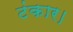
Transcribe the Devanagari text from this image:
टंकार।